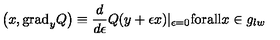
\left( x , \mathrm { g r a d } _ { y } Q \right) \equiv \frac { d } { d \epsilon } Q ( y + \epsilon x ) | _ { \epsilon = 0 } \mathrm { f o r a l l } x \in g _ { l w }